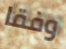
وفقا